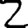
Digit: 2